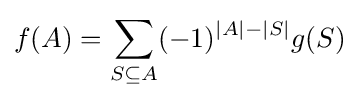
f(A)=\sum _{S\subseteq A}(-1)^{|A|-|S|}g(S)